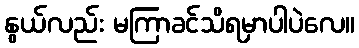
နွယ်လည်း မကြာခင်သိရမှာပါပဲလေ။